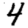
Digit: 4